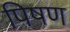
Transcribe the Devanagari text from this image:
पिषण